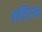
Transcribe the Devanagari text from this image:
चल्दिरान